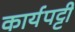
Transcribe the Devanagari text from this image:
कार्यपट्टी